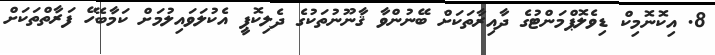
8. އިކޮނޮމިކް ޑިވެލޮޕްމަންޓުގެ ދާއިރާތަކަށް ބޭނުންވާ ޤާނޫނުތަކުގެ ދެލިކޮޕީ އެކުލަވައިލުމަށް ކަމާބެހޭ ފަރާތްތަކަށް